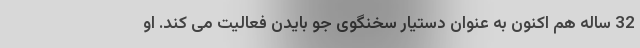
32 ساله هم اکنون به عنوان دستیار سخنگوی جو بایدن فعالیت می کند. او